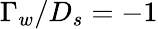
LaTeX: \Gamma_{w}/D_{s}=-1